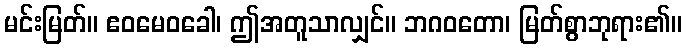
မင်းမြတ်။ ဧဝမေဝခေါ၊ ဤအတူသာလျှင်။ ဘဂဝတော၊ မြတ်စွာဘုရား၏။